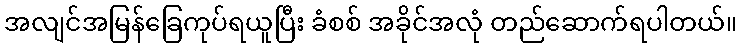
အလျင်အမြန်ခြေကုပ်ရယူပြီး ခံစစ် အခိုင်အလုံ တည်ဆောက်ရပါတယ်။